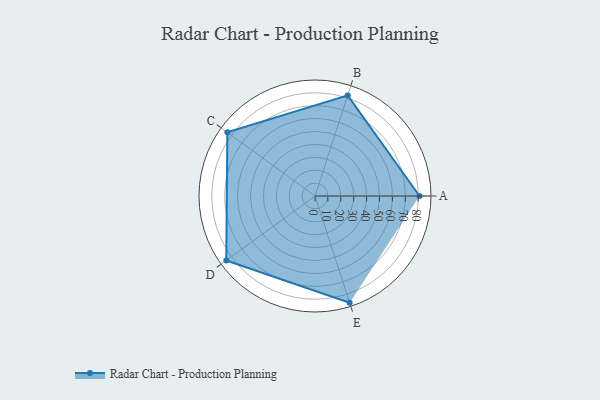
{"axis": {"x": "Skill", "y": "Score"}, "legend": ["Profile"], "data": [{"x": "A", "y": 81.0, "type": "Profile"}, {"x": "B", "y": 82.0, "type": "Profile"}, {"x": "C", "y": 84.0, "type": "Profile"}, {"x": "D", "y": 85.0, "type": "Profile"}, {"x": "E", "y": 87.0, "type": "Profile"}]}